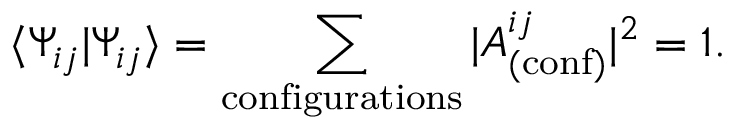
\langle \Psi _ { i j } | \Psi _ { i j } \rangle = \sum _ { \mathrm { c o n f i g u r a t i o n s } } | A _ { ( \mathrm { c o n f } ) } ^ { i j } | ^ { 2 } = 1 .